Leaving Certificate Examination, 1911
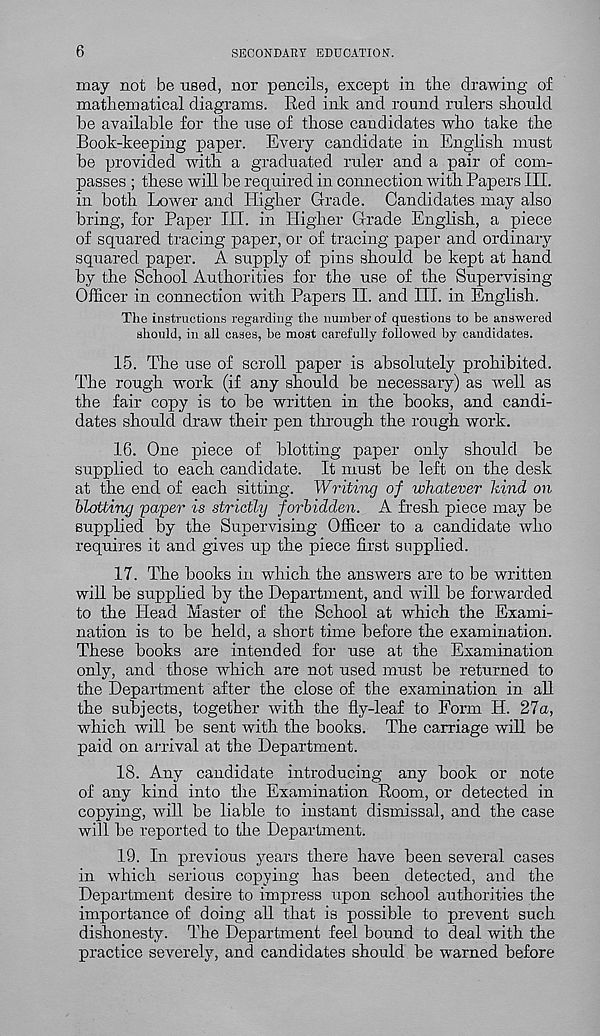
6
SECONDARY EDUCATION.
may not be used, nor pencils, except in the drawing of
mathematical diagrams. Red ink and round rulers should
he available for the use of those candidates who take the
Book-keeping paper. Every candidate in English must
he provided with a graduated ruler and a pair of com-
passes ; these will be required in connection with Papers III.
in both Lower and Higher Grade. Candidates may also
bring, for Paper III. in Higher Grade English, a piece
of squared tracing paper, or of tracing paper and ordinary
squared paper. A supply of pins should be kept at hand
by the School Authorities for the use of the Supervising-
Officer in connection with Papers II. and III. in English.
The instructions regarding the number of questions to be answered
should, in all cases, be moat carefully followed by candidates.
15. The use of scroll paper is absolutely prohibited.
The rough work (if any should be necessary) as well as
the fair copy is to be written in the books, and candi-
dates should draw their pen through the rough work.
16. One piece of blotting paper only should be
supplied to each candidate. It must be left on the desk
at the end of each sitting. Writing of whatever hind on
blotting paper is strictly forbidden. A fresh piece may be
supplied by the Supervising Officer to a candidate who
requires it and gives up the piece first supplied.
17. The books in which the answers are to be written
will be supplied by the Department, and will be forwarded
to the Head Master of the School at which the Exami-
nation is to be held, a short time before the examination.
These books are intended for use at the Examination
only, and those which are not used must be returned to
the Department after the close of the examination in all
the subjects, together with the fly-leaf to Form H. 27a,
which will be sent with the books. The carriage will be
paid on arrival at the Department.
18. Any candidate introducing any book or note
of any kind into the Examination Room, or detected in
copying, will be liable to instant dismissal, and the case
will be reported to the Department.
19. In previous years there have been several cases
in which serious copying has been detected, and the
Department desire to impress upon school authorities the
importance of doing all that is possible to prevent such
dishonesty. The Department feel bound to deal with the
practice severely, and candidates should be warned before